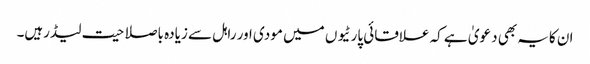
ان کایہ بھی دعویٰ ہے کہ علاقائی پارٹیو ں میں مودی اور راہل سے زیادہ باصلاحیت لیڈرہیں۔